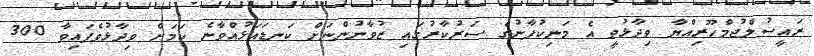
ރައީސުލްޖުމްހޫރިއްޔާ ވިދާޅުވީ އެ މަނިކުފާނުގެ ސަރުކާރުގައި ޒުވާނުންނަށް ކަނޑައަޅުއްވާނެ ކަމަށް ވިދާޅުވެފައިވާ 300